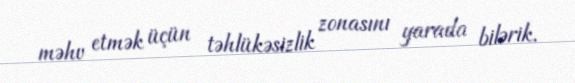
məhv etmək üçün təhlükəsizlik zonasını yarada bilərik.